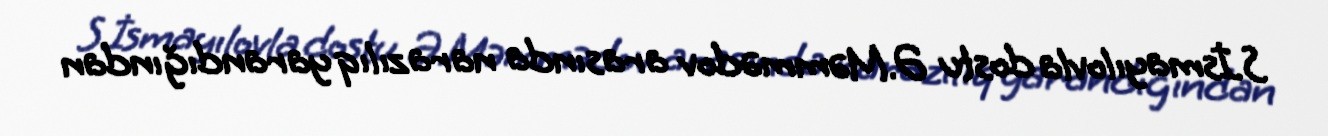
S.İsmayılovla dostu Ə.Məmmədov arasında narazılıq yarandığından